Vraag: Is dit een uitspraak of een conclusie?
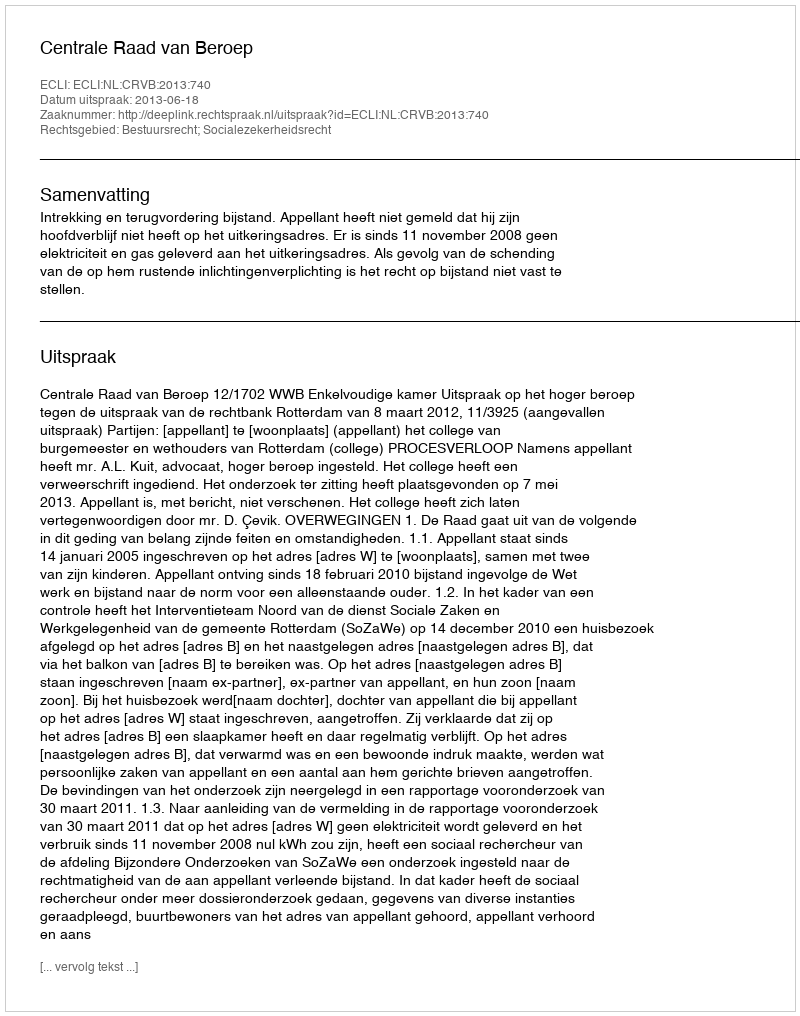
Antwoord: Uitspraak